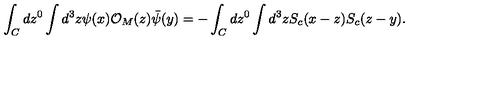
\int _ { C } d z ^ { 0 } \int d ^ { 3 } z \psi ( x ) { \cal O } _ { M } ( z ) \bar { \psi } ( y ) = - \int _ { C } d z ^ { 0 } \int d ^ { 3 } z S _ { c } ( x - z ) S _ { c } ( z - y ) .